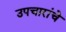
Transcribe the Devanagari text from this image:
उपचारांचे